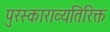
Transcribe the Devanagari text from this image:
पुरस्काराव्यतिरिक्त